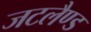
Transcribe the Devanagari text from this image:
जटलैण्ड